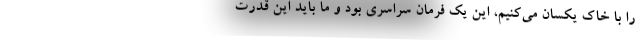
را با خاک یکسان می‌کنیم، این یک فرمان سراسری بود و ما باید این قدرت